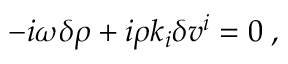
- i { \omega } \delta \rho + i \rho k _ { i } \delta v ^ { i } = 0 \; ,